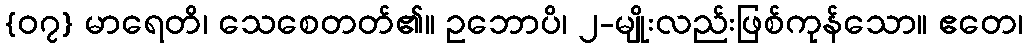
{၀၇} မာရေတိ၊ သေစေတတ်၏။ ဥဘောပိ၊ ၂-မျိုးလည်းဖြစ်ကုန်သော။ ဧတေ၊